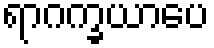
ရာဂက္ခယာပေ